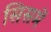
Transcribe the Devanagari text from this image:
सिसमें